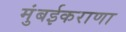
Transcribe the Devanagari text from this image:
मुंबईकराणा